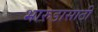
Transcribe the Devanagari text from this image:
भारुडासाठी